Leaving Certificate Examination, 1919
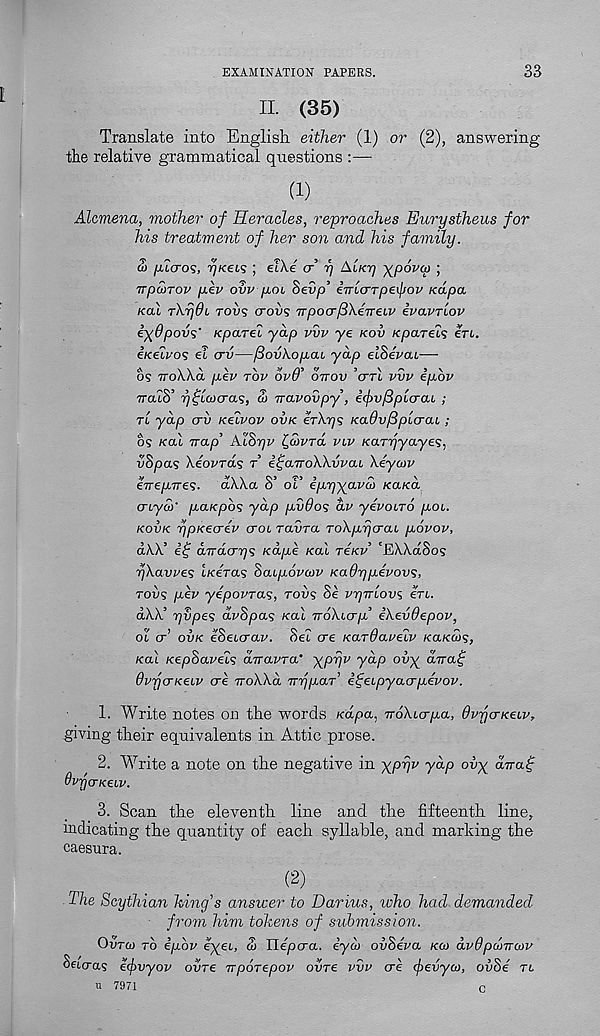
EXAMINATION PAPERS.
33
II. (35)
Translate into English either (1) or (2), answering
the relative grammatical questions :—
(1)
Alcmena, mother of Heracles, reproaches Eurystheus for
his treatment of her son and his family.
ai [Hcros, pKecs ; elXe cr rj Alkt] -^povcp ;
TrpoiTov per ovv poi hevp' iTrlcrTpeijjov Kcipa.
kcu Thrjdi roiig crovs TTpocrfiXeneLV ivavrlov
i)(dpovs' kpetrel yap vvv ye kov Kparei^ ere.
e/ceh-os et cru—fdov'kop.ai yap eiSevat-—
c\
\ \ v ^
\ V /P V
3 \ ^ 3 V
05 TTOA-Aa fJL€V TOP OVU OTTOV CTTL VVV EfJLOV
iraiS’ ytfloicras, Si vavovpy, i<pv/3pLcrai ;
tl yap erv Keivov ovk erXrj ? KaOvfiplcraL;
os Ka\ Trap AlSyv ^covra viv Karpyayes,
vSpa<s Xeovras r itjaTroWvvaL \eycov
eTrepiree;. dWa S’ ot’ iprjyavdi KaKa
cnyS)' p,ai<pb<s yap pvdos dv yevoiro pot.
kovk ripKeaev ctol ravra roXprjcrai. povov,
dXX’
aTracn^s Kape /cat reKv 'EWdSos
r/Xavue? t/ceras haipovoiv Kadypevovs,
robs pev yepovra^, rov<; Se vyrrlovi eri.
aXX’ 7]vpe<; drSpas /cat TroXicrp eXevOepov,
ot cr’ ovk eSeurav. Set ere Kardarelv /ca/cws,
/cat Kephaveis dnavra' xpfjv yap ov^ drrat;
OvfjcrKebv ore rroXXd ^T7jpaT , etfeipyacrpevov.
1. Write notes on the words Kapa, TToXicrpa, dvfjo-Kebv,
giving their equivalents in Attic prose.
2. Write a note on the negative in yph 1 ' V^P °^X dirag
QvfjCTKeLV.
3. Scan the eleventh line and the fifteenth line,,
indicating the quantity of each syllable, and marking the
caesura.
(2)
The Scythian king's answer to Darius, ivho had demanded
from him tokens of submission.
Ovrco to ipbv eyeb, o> Uepcra. eyoi ovheva koi dvdpdnroiv
HeLcras eejivyov ovre nporepov ovre vvv ere (fevyoi, ov8e
U 7971
C
Tt